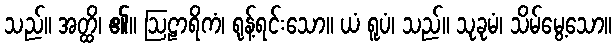
သည်။ အတ္ထိ၊ ၏။ ဩဠာရိကံ၊ ရုန့်ရင်းသော။ ယံ ရူပံ၊ သည်။ သုခုမံ၊ သိမ်မွေ့သော။